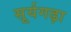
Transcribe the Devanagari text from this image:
सूर्यगढ़ा